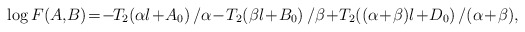
\begin{align*}\log F(A,\!B)\!=\!-\!T_2\!\left(\alpha l\!+\!A_0\right)/\alpha\!-\!T_2\!\left(\beta l\!+\!B_0\right)/\beta\!+\!T_2\!\left((\alpha\!+\!\beta)l\!+\!D_0\right)/(\alpha\!+\!\beta),\end{align*}